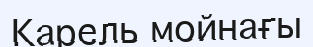
Карель мойнағы